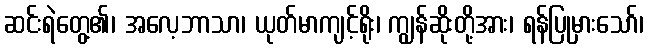
ဆင်းရဲတွေ့၏၊ အလေ့ဘာသာ၊ ယုတ်မာကျင့်ရိုး၊ ကျွန်ဆိုးတို့အား၊ ရန်ပြုမှားသော်၊